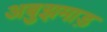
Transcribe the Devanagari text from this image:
अबुझमाड़